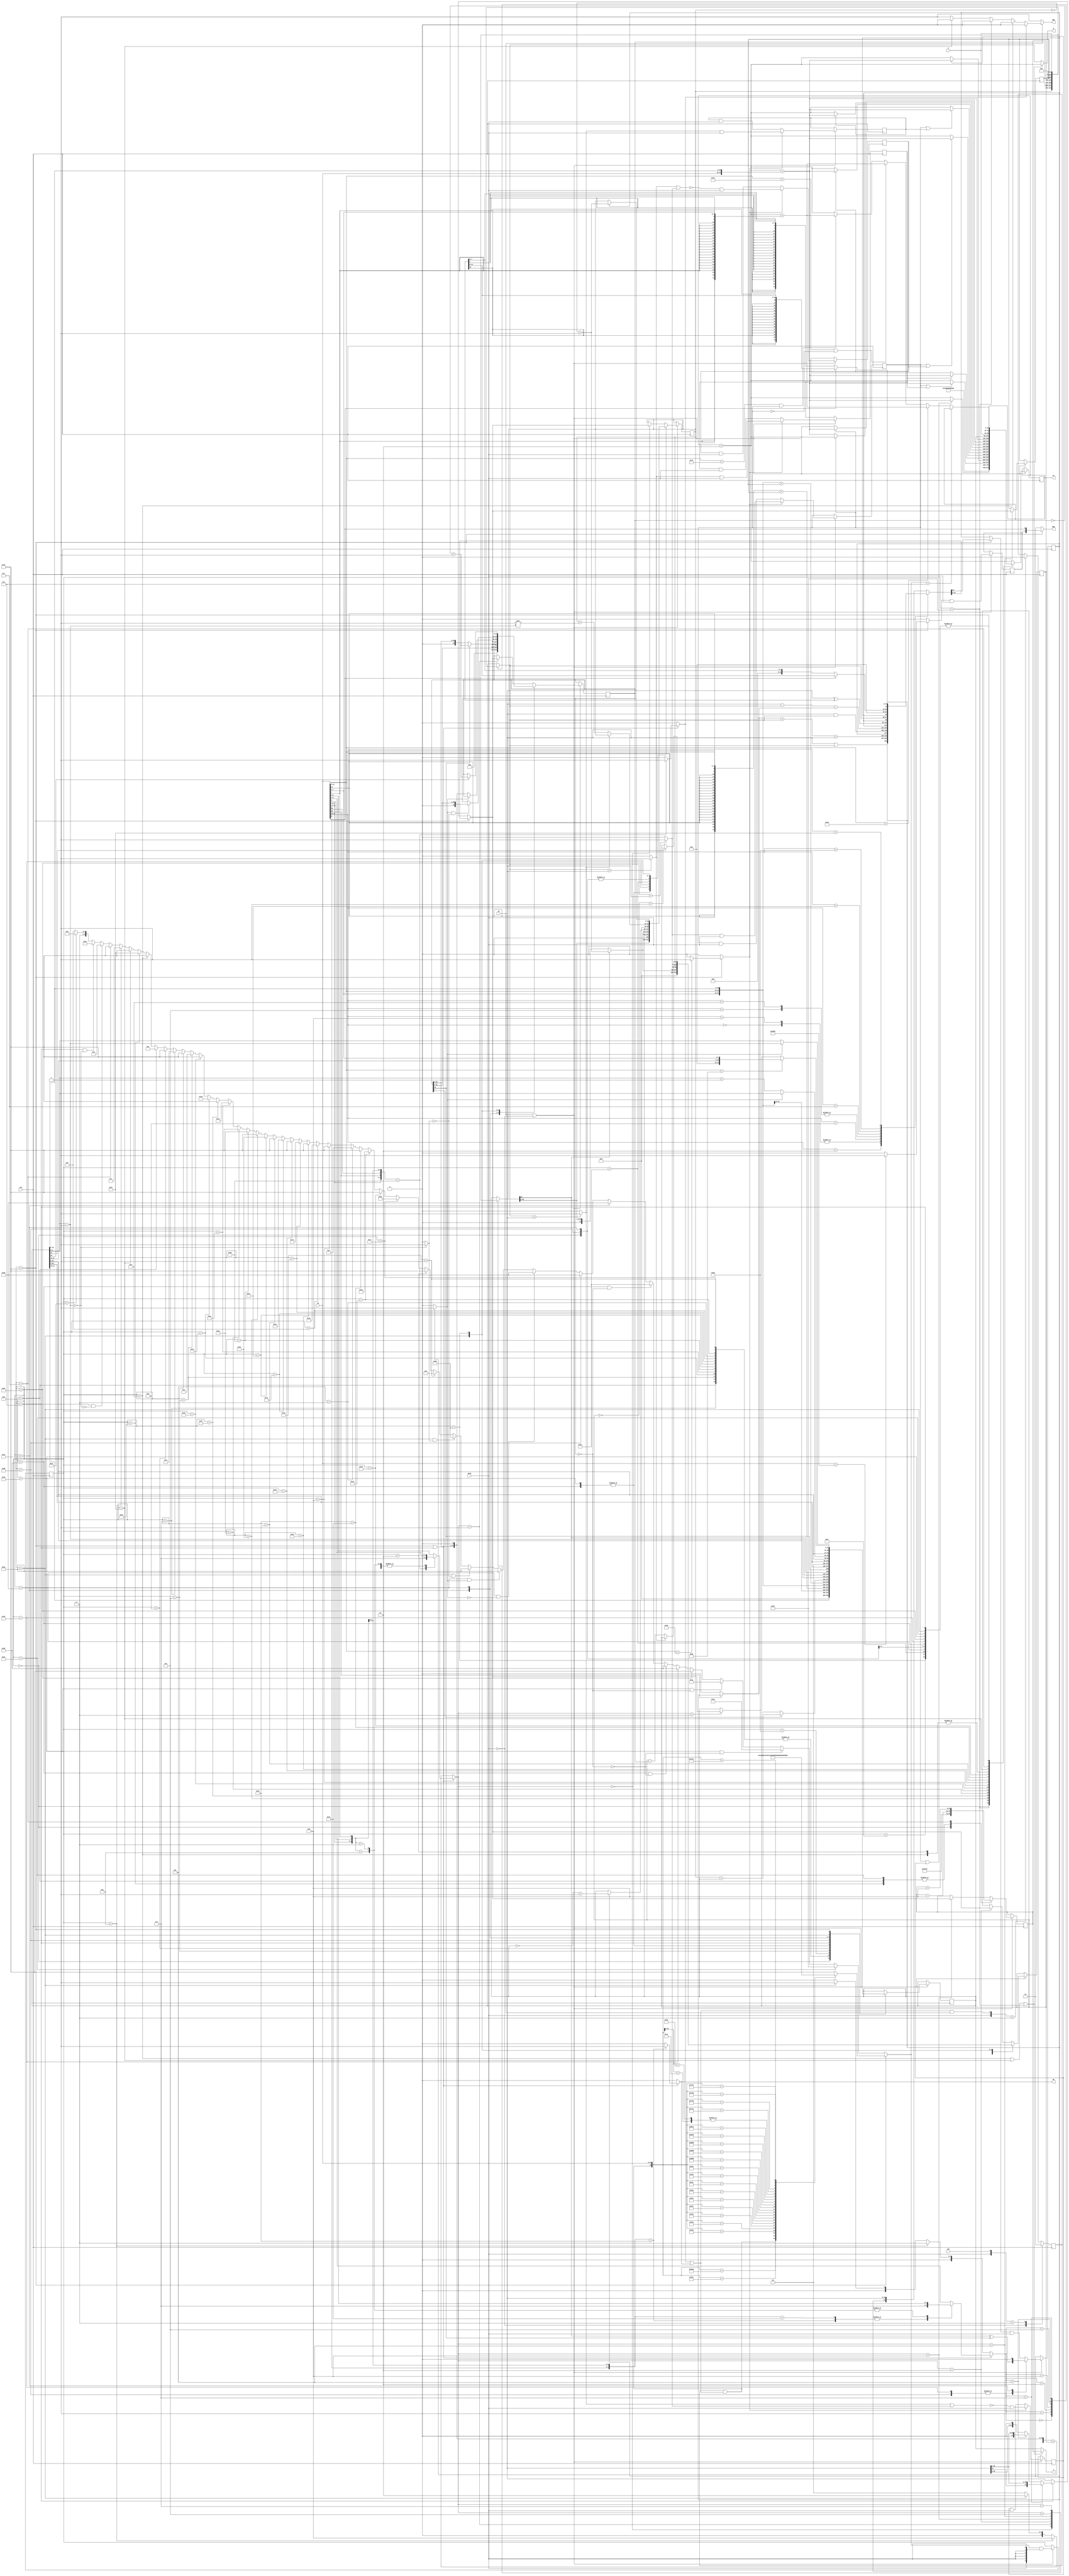
module sub86( CLK, RSTN, IA, ID, A, D, Q, WEN,BEN,CE,RD,INT );
input         CLK,RSTN,CE,INT;
input  [15:0] ID;
input  [31:0] D;
output [31:0] IA;
output [31:0] A;
output [31:0] Q;
output        WEN,RD;
output  [1:0] BEN;
reg    [31:0] EAX,EBX,ECX,EDX,EBP,ESP,PC,regsrc,regdest,alu_out;
reg     [5:0] state,nstate;
reg     [2:0] src,dest;
reg           INTreg,WR,RD,cry,ncry,prefx,nprefx,cmpr,eqF,gF,lF,aF,bF;
wire          INTvalid,nncry,neqF,ngF,nlF,naF,nbF,divF1,divF2;
wire   [31:0] pc_ja,pc_jae,pc_jb,pc_jbe,pc_jg,pc_jge,pc_jl,pc_jle,pc_eq,pc_jp,pc_neq,pc_sh;
wire   [31:0] Sregsrc,Zregsrc,incPC,sft_out,smlEAX,smlECX;
wire   [32:0] adder_out,sub_out;
wire    [4:0] EBX_shtr; 
wire signed [31:0] ssregsrc, ssregdest;
`define fetch 6'b111111 
`define jmp   6'b000001
`define jmp2  6'b000010
`define jge   6'b000011
`define jge2  6'b000100
`define imm   6'b000101
`define imm2  6'b000110
`define lea   6'b000111
`define lea2  6'b001000
`define call  6'b001001
`define call2 6'b001010
`define ret   6'b001011
`define ret2  6'b001100
`define shift 6'b001110
`define jg    6'b001111
`define jg2   6'b010000
`define jl    6'b010001
`define jl2   6'b010010
`define jle   6'b010011
`define jle2  6'b010100
`define je    6'b010101
`define je2   6'b010110
`define jne   6'b010111
`define jne2  6'b011000
`define mul   6'b011001
`define mul2  6'b011010
`define shft2 6'b011011
`define jb    6'b011100
`define jb2   6'b011101
`define jbe   6'b011110
`define jbe2  6'b011111
`define ja    6'b100000
`define ja2   6'b100001
`define jae   6'b100010
`define jae2  6'b100011
`define sml1  6'b100100
`define sml2  6'b100101
`define sml3  6'b100110
`define sml4  6'b100111
`define sdv1  6'b101000
`define sdv2  6'b101001
`define sdv3  6'b101010
`define sdv4  6'b101011
`define div1  6'b101100
`define leas  6'b101101
`define calla 6'b101110
`define calla2 6'b101111
`define shft3 6'b110000
`define int1  6'b110001
`define int2  6'b110010
`define init  6'b000000

 always @(posedge CLK)
      casex ({RSTN,INT,((RD|WR)&CE)}) // interrupt control
        3'b0xx   : INTreg <= 1'b0;
	3'b11x   : INTreg <= 1'b1;
	3'b1x1   : INTreg <= 1'b0;
	default  : INTreg <= INTreg;	
      endcase

 always @(posedge CLK)
   if ((CE ==1'b1) || (RSTN ==1'b0))
     begin
      case (state) // cry control
         `sml1,`sdv1: cry <= EAX[31] ^ ECX[31];
	 `div1      : cry <= 1'b0;
	 default    : cry <= ncry & RSTN;
      endcase 
      prefx <= nprefx & RSTN;
      state <= nstate & {6{RSTN}};
      if (cmpr) begin eqF <= neqF & RSTN; lF <= nlF & RSTN; gF <= ngF & RSTN;
                      bF  <=  nbF & RSTN; aF <= naF & RSTN; end
           else begin eqF <=  eqF & RSTN; lF <=  lF & RSTN; gF <=  gF & RSTN; 
	              bF  <=   bF & RSTN; aF <=  aF & RSTN; end
      case(state)  // EAX control
        `init       : EAX <= 32'b0;
        `mul,`sml2  : EAX <= {EAX[30:0],1'b0};
	`mul2       : EAX <= EBX;
	`sml1       : EAX <= smlEAX;
	`sml3       : if (cry==1'b0) EAX <= EBX; else EAX <= ((~EBX) + 1'b1);
	`sdv1,`div1 : EAX <= 32'b0;
	`sdv3       : if (nlF==1'b0) EAX <= EAX + ( 1 << EBX_shtr); else EAX <=EAX;
	`sdv4       : if (cry==1'b1) EAX <= ((~EAX) + 1'b1); else EAX <= EAX;
	default: if (dest==3'b000) EAX <= alu_out; else EAX<=EAX;
      endcase
      case(state)  // EBX control
        `init       : EBX <= 32'b0;
        `jmp , `jg, `jge , `jl, `jle, `je, `jne, `imm, `call, `jb,`jbe,`ja,`jae,
	`lea        : EBX<={EBX[31:16],ID[7:0],ID[15:8]}; 
	`leas       : EBX<={ {24{ID[15]}} , ID[15:8]}+EBP; 
	`imm2       : EBX<={ID[7:0],ID[15:8], EBX[15:0]};
	`lea2       : EBX<={ID[7:0],ID[15:8], EBX[15:0]}+EBP;       
	`mul,`sml2  : if (ECX[0] == 1'b1) EBX <= EAX+EBX; else EBX <= EBX;
	`shift      : EBX<={EBX[31:5],EBX_shtr};
	`sdv1       : EBX<={EAX[31],ECX[31],EBX[29:0]};
	`div1       : EBX<={          2'b00,EBX[29:0]};
	`sdv2       : if (divF1==1'b0 ) EBX <= {EBX[31:5],(EBX[4:0]+1'b1)}; else EBX <= EBX;
	`sdv3       : if (divF1==1'b1 ) EBX <= {EBX[31:5],EBX_shtr}; else EBX <= EBX;
	`fetch      : if (ID[15:8] == 8'hb3) EBX<= {EBX[31:24],ID[7:0]};
	         else if (dest==3'b011) EBX <= alu_out; else EBX <= EBX;
	default     : EBX <= EBX;
      endcase
      case(state)  // ECX control
        `init       : ECX <= 32'b0;
        `mul,`sml2  : ECX <= {1'b0,ECX[31:1]};
	`sml1,`sdv1 : ECX <= smlECX;
	`div1       : ECX <= ECX;
	`sdv2       : if (divF1==1'b0 ) ECX <= {ECX[30:0],1'b0}; else ECX<=ECX;
	`sdv3       : if((divF1==1'b1 ) && (divF2==1'b0)) ECX <= {1'b0,ECX[31:1]}; else ECX<=ECX;
        `sdv4       : if (EBX[30] == 1'b1) ECX <= ((~ECX) + 1); else ECX<=ECX;
	default     : if (dest==3'b001) ECX <= alu_out; else ECX<=ECX;
      endcase
      case(state)  // EDX control
        `init       : EDX <= 32'b0;
	`sdv1       : EDX <= smlEAX;
	`div1       : EDX <=    EAX;
	`sdv3       : if (nbF==1'b0) EDX <= EDX - ECX; else EDX <= EDX;
        `sdv4       : if (EBX[31] == 1'b1) EDX <= ((~EDX) + 1); else EDX<=EDX;
	default     : if (dest==3'b010) EDX <= alu_out; else EDX<=EDX;
      endcase     
      case(state)  // ESP control
        `init              : ESP <= 32'h0191fc;
        `call,`calla,`int1 : ESP <= ESP - 4'b0100;
        `ret2              : ESP <= ESP + 4'b0100; 
       default: if (dest==3'b100) ESP <= alu_out; else ESP<=ESP;
      endcase
      if (dest==3'b101) EBP <= alu_out; else EBP<=EBP;	// EBP control 
      case(state)  // PC control
       `init        : PC<=32'h0001000;
       `int2        : PC<=32'h0;
       `jae2        : PC<=pc_jae;
       `jbe2        : PC<=pc_jbe;
       `ja2         : PC<=pc_ja ;
       `jb2         : PC<=pc_jb ;
       `jge2        : PC<=pc_jge;
       `jle2        : PC<=pc_jle;
       `jg2         : PC<=pc_jg ;
       `jl2         : PC<=pc_jl ;
       `je2         : PC<=pc_eq ;
       `jne2        : PC<=pc_neq;
       `jmp2,`call2 : PC<=pc_jp ;
       `calla2      : PC<=EBX;
       `ret2        : PC<=D	;
       `mul,`mul2,`sml1,`sml2,`sml3,`sml4,`sdv1,`sdv2,`sdv3,`sdv4,`div1,
       `shift,`int1 : PC<=PC	;
       `fetch       : if (nstate == `shift) PC<=PC;
                 else if (ID[15:8]==8'heb) PC <= pc_sh;
                 else if((ID[15:8]==8'h75) && (eqF==1'b0)) PC <= pc_sh;
                 else if((ID[15:8]==8'h74) && (eqF==1'b1)) PC <= pc_sh;
		 else PC<=incPC ;
       default      : PC<=incPC ;
      endcase
     end
// muxing for source selection, used in alu & moves
always@(src,EAX,ECX,EDX,EBX,ESP,EBP,D)
   case(src)
    3'b000 : regsrc = EAX;
    3'b001 : regsrc = ECX;
    3'b010 : regsrc = EDX;
    3'b100 : regsrc = ESP;
    3'b101 : regsrc = EBP;
    3'b110 : regsrc = 32'h04;
    3'b111 : regsrc = D;    
    default: regsrc = EBX;
   endcase 
// muxing for 2nd operand selection, used in alu only
always@(dest,EAX,ECX,EDX,EBX,ESP,EBP,D)
   case(dest)
    3'b000 : regdest = EAX;
    3'b001 : regdest = ECX;
    3'b010 : regdest = EDX;
    3'b100 : regdest = ESP;
    3'b101 : regdest = EBP;
    3'b110 : regdest = 32'h04;
    3'b111 : regdest = D  ;    
    default: regdest = EBX;
   endcase 
// alu
always@(state,regdest,regsrc,ID,cry,Zregsrc,Sregsrc,sft_out,adder_out,sub_out)
  if (state == `fetch )
  case (ID[15:10])
   6'b000000 : {ncry,alu_out} = 	    adder_out ;  // ADD , carry generation
   6'b000010 : {ncry,alu_out} = {cry,regdest | regsrc};  // OR
   6'b000100 : {ncry,alu_out} = 	    adder_out ;  // ADD , carry use
   6'b000110 : {ncry,alu_out} = 	      sub_out ;  // SUB , carry use
   6'b001000 : {ncry,alu_out} = {cry,regdest & regsrc};  // AND
   6'b001010 : {ncry,alu_out} = 	      sub_out ;  // SUB , carry generation
   6'b001100 : {ncry,alu_out} = {cry,regdest ^ regsrc};  // XOR
   6'b100010 : {ncry,alu_out} = {cry,	       regsrc};  // MOVE
   6'b101101 : {ncry,alu_out} = {cry,	      Zregsrc};  // MOVE
   6'b101111 : {ncry,alu_out} = {cry,	      Sregsrc};  // MOVE
   default   : {ncry,alu_out} = {cry,regdest	     };  // DO NOTHING
  endcase
  else if (state == `shift ) {ncry,alu_out} = {cry,sft_out	     };
  else {ncry,alu_out} = {cry,regdest	     };
// Main instruction decode
always @(ID,state,ECX,EBX_shtr,EAX,divF1,divF2,INTvalid)
 begin
   // One cycle instructions, operand selection
   if ((state == `fetch) || (state ==`shift))
     casex ({ID[15:12],ID[10:9],ID[7]})
      7'b10x0000  : begin RD=0;WR=1; src=ID[5:3]; dest= 3'b111; end  // store into ram (x89 x00)
      7'b100xx10  : begin RD=1;WR=0; src= 3'b111; dest=ID[5:3]; end  // load from ram  (x8b x00)
      7'b101xx10  : begin RD=0;WR=0; src= 3'b111; dest=ID[5:3]; end  // load bl with immediate
      7'b10xxx11  : begin RD=0;WR=0; src=ID[2:0]; dest=ID[5:3]; end  // reg2reg xfer   (x8b xC0)
      7'b00xxx11  : begin RD=0;WR=0; src=ID[2:0]; dest=ID[5:3]; end  // alu op
      default   : begin RD=0;WR=0; src=ID[5:3]; dest=ID[2:0]; end  // shift
     endcase
   else if (state==`ret)
        begin src = 3'b011; dest = 3'b100; RD=0; WR=0; end
   else if (state==`sdv3)
        begin src = 3'b001; dest = 3'b010; RD=0; WR=0; end
   else begin src = 3'b000; dest = 3'b000; RD=0; WR=0; end   
   // instructions that require more than one cycle to execute
   if (state == `fetch)
    begin
     casex({INTvalid,ID})
     17'h1xxxx: nstate = `int1;
     17'h090e9: nstate = `jmp;   
     17'h00f87: nstate = `ja;
     17'h00f86: nstate = `jbe;
     17'h00f83: nstate = `jae;
     17'h00f82: nstate = `jb;
     17'h00f8f: nstate = `jg;
     17'h00f8e: nstate = `jle;
     17'h00f8d: nstate = `jge;
     17'h00f8c: nstate = `jl;
     17'h00f85: nstate = `jne;
     17'h00f84: nstate = `je;     
     17'h090bb: nstate = `imm;   
     17'h08d9d: nstate = `lea;
     17'h08d5d: nstate = `leas;
     17'h090e8: nstate = `call;
     17'h090c3: nstate = `ret;
     17'h0c1xx: nstate = `shift; 
     17'h0d3xx: nstate = `shift; 
     17'h0f7e1: nstate = `mul; 
     17'h0f7f9: nstate = `sdv1;   
     17'h0f7f1: nstate = `div1;   
     17'h0afc1: nstate = `sml1;    
     17'h0ffd3: nstate = `calla; 
     default : nstate = `fetch;
    endcase
    if (ID       == 16'h9066) nprefx = 1'b1; else nprefx = 1'b0;
    if (ID[15:8] ==  8'h39  ) cmpr   = 1'b1; else cmpr   = 1'b0;
   end
   else 
   begin
        nprefx = 1'b0; cmpr   = 1'b0;
        if (state==`int1)  nstate = `int2;
   else if((state==`mul)&&!(ECX==32'b0)) nstate=`mul;
   else if((state==`mul)&& (ECX==32'b0)) nstate=`mul2;
   else if (state==`mul2)  nstate = `fetch;   
   else if (state==`sml1)  nstate = `sml2;   
   else if((state==`sml2)&&!(ECX==32'b0)) nstate=`sml2;
   else if((state==`sml2)&& (ECX==32'b0)) nstate=`sml3;
   else if (state==`div1)  nstate = `sdv2;   
   else if (state==`sdv1)  nstate = `sdv2;   
   else if((state==`sdv2) && (divF1 == 1'b0) ) nstate=`sdv2;
   else if((state==`sdv2) && (divF1 == 1'b1) ) nstate=`sdv3;
   else if((state==`sdv3) && (divF2 == 1'b0) ) nstate=`sdv3;
   else if((state==`sdv3) && (divF2 == 1'b1) ) nstate=`sdv4;
   else if (state==`jmp)   nstate = `jmp2;  else if (state==`jmp2)  nstate = `fetch;
   else if (state==`jne)   nstate = `jne2;  else if (state==`jne2)  nstate = `fetch;
   else if (state==`je )   nstate = `je2 ;  else if (state==`je2 )  nstate = `fetch;
   else if (state==`jge)   nstate = `jge2;  else if (state==`jge2)  nstate = `fetch;
   else if (state==`jg )   nstate = `jg2 ;  else if (state==`jg2 )  nstate = `fetch;
   else if (state==`jle)   nstate = `jle2;  else if (state==`jle2)  nstate = `fetch;
   else if (state==`jl )   nstate = `jl2 ;  else if (state==`jl2 )  nstate = `fetch;
   else if (state==`jae)   nstate = `jae2;  else if (state==`jae2)  nstate = `fetch;
   else if (state==`ja )   nstate = `ja2 ;  else if (state==`ja2 )  nstate = `fetch;
   else if (state==`jbe)   nstate = `jbe2;  else if (state==`jbe2)  nstate = `fetch;
   else if (state==`jb )   nstate = `jb2 ;  else if (state==`jb2 )  nstate = `fetch;
   else if (state==`imm)   nstate = `imm2;  else if (state==`imm2)  nstate = `fetch;
   else if (state==`lea)   nstate = `lea2;  else if (state==`lea2)  nstate = `fetch;
   else if (state==`call)  nstate = `call2; else if (state==`call2) nstate = `fetch;
   else if (state==`calla) nstate = `calla2;else if (state==`calla2)nstate = `fetch;
   else if (state==`ret)   nstate = `ret2;  else if (state==`ret2)  nstate = `fetch;
   else if((state==`shift)&&!(EBX_shtr==5'b0)) nstate=`shift;
   else if((state==`shift)&& (EBX_shtr==5'b0)) nstate=`shft2;
   else if (state==`shft2) nstate = `shft3;
   else                    nstate = `fetch;
   end   
 end
assign INTvalid = INTreg & (WR | RD);
assign ssregsrc = regsrc;
assign ssregdest= regdest;
assign  IA      = PC                ;
assign  A       =((state == `call2)|(state == `calla2)|(state == `int2)) ?  ESP          : EBX      ;
assign  Q       =((state == `call2)|(state == `calla2)|(state == `int2)) ?  incPC        : regsrc   ;
assign  WEN     = (CE    ==   1'b0) ?  1'b1         :
                  (WR    ==   1'b1) ?  1'b0         :
                  (state == `call2) ?  1'b0         :
                  (state == `int2 ) ?  1'b0         :
		  (state == `calla2)?  1'b0         : 1'b1     ;
assign  Sregsrc =       ID[8]       ? { {16{regsrc[15]}} , regsrc[15:0] } :
                                      { {24{regsrc[7] }} , regsrc[7:0]  } ;
assign  Zregsrc =       ID[8]       ? {  16'b0           , regsrc[15:0] } :
                                      {  24'b0           , regsrc[7:0]  } ;
assign      BEN = (state == `fetch) ? { prefx   , ID[8]        } : 1'b1;
//assign      BEN =((state == `call2)|(state == `calla2)) ? 1'b1 : { prefx   , ID[8]        } ;
assign     neqF = (regsrc == regdest) ? 1'b1 : 1'b0;
assign      nbF = (regsrc  > regdest) ? 1'b1 : 1'b0;
assign      naF = ~(nlF | neqF );
assign      nlF = (ssregsrc  > ssregdest) ? 1'b1 : 1'b0;
assign      ngF = ~(nbF | neqF );
assign    incPC = PC + 3'b010;
assign   pc_jge = (eqF|gF) ? pc_jp : incPC;
assign   pc_jle = (eqF|lF) ? pc_jp : incPC;
assign   pc_jg  = (gF    ) ? pc_jp : incPC;
assign   pc_jl  = (lF    ) ? pc_jp : incPC;
assign   pc_jae = (eqF|aF) ? pc_jp : incPC;
assign   pc_jbe = (eqF|bF) ? pc_jp : incPC;
assign   pc_ja  = (aF    ) ? pc_jp : incPC;
assign   pc_jb  = (bF    ) ? pc_jp : incPC;
assign   pc_eq  = (eqF   ) ? pc_jp : incPC;
assign   pc_neq = (eqF   ) ? incPC : pc_jp;
assign   pc_jp  = incPC+{ID,EBX[15:0]};
assign   pc_sh  = incPC + { {24{ID[7]}} , ID[7:0] };
assign  sft_out = (src   == 3'b111) ? {regdest[31],regdest[31:1]} : //sar
                  (src   == 3'b101) ? {       1'b0,regdest[31:1]} : //shr
		                      {regdest[30:0],1'b0       } ; //shl
assign adder_out= nncry   + regsrc + regdest;
assign   sub_out= regdest - regsrc - nncry;
assign    nncry = (ID[12] ? cry : 1'b0);
assign EBX_shtr = EBX[4:0] - 1'b1;
assign   smlEAX = EAX[31] ? ((~EAX) + 1) : EAX;
assign   smlECX = ECX[31] ? ((~ECX) + 1) : ECX;
assign    divF1 = ({ECX[31:0],1'b0}  > {1'b0,EDX}) ? 1'b1 : 1'b0;
assign    divF2 = (EBX_shtr == 5'b00000) ? 1'b1 : 1'b0;
endmodule